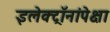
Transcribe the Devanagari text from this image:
इलेक्ट्रॉनांपेक्षा